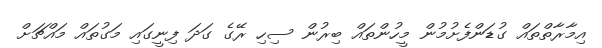
އިމާރާތްތައް ގުޑަންފެށުމުން މީހުންތައް ބިރުން ސިހި ރޭގެ ގަދަ ފިނީގައި މަގުތައް މައްޗަށް